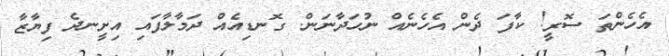
އެހެންތަ ސޮރީ! ކާފަ ދެން އެހެނެއް ނުހަދާނަން. ގޮނޑިއެއް ދަމާލާފައި އިށީނދެ ފިޔާޒާ